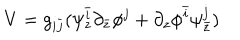
LaTeX: V = g _ { i \bar { j } } ( \psi _ { z } ^ { \bar { i } } \partial _ { \bar { z } } \phi ^ { j } + \partial _ { z } \phi ^ { \bar { i } } \psi _ { \bar { z } } ^ { j } )